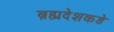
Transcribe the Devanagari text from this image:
ब्रह्मदेशकडे